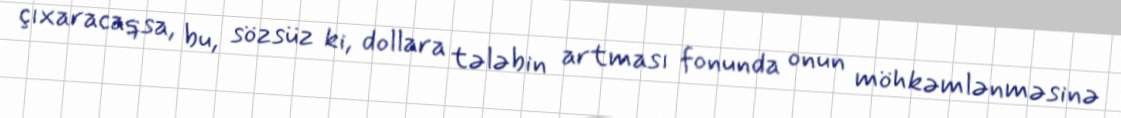
çıxaracaqsa, bu, sözsüz ki, dollara tələbin artması fonunda onun möhkəmlənməsinə